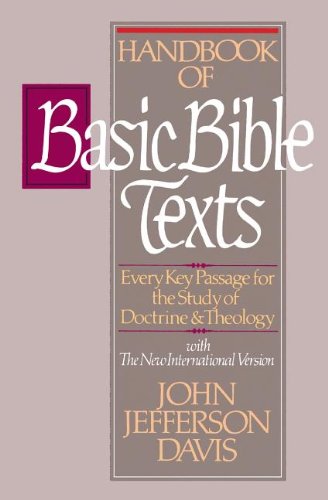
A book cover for Handbook of Basic Bible Texts; John Jefferson Davis; Christian Books & Bibles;